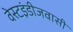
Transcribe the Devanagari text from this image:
वेस्टइंडीजवासी